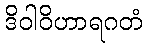
ဒိဝါဝိဟာရဂတံ